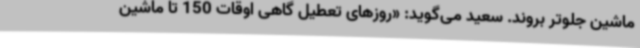
ماشین جلوتر بروند. سعید می‌گوید: «روزهای تعطیل گاهی اوقات 150 تا ماشین